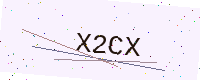
Text: X2CX